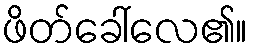
ဖိတ်ခေါ်လေ၏။